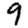
Digit: 9